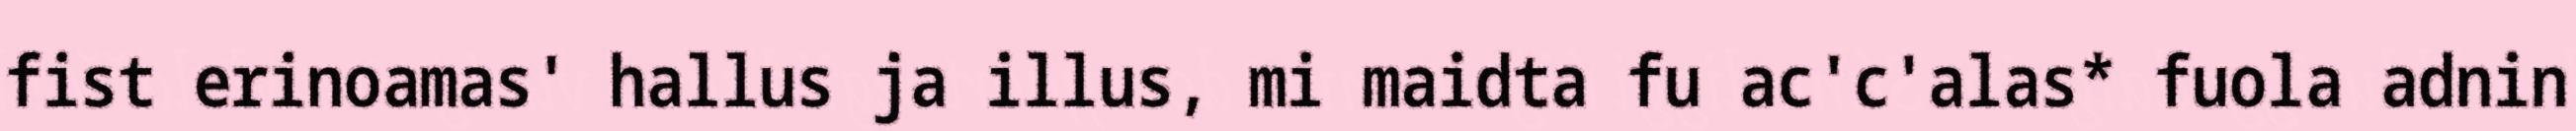
fist erinoamas' hallus ja illus, mi maidta fu ac'c'alas* fuola adnin